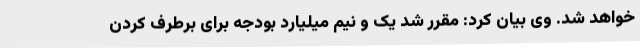
خواهد شد. وی بیان کرد: مقرر شد یک و نیم میلیارد بودجه برای برطرف کردن